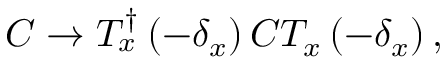
C \rightarrow T _ { x } ^ { \dag } \left( - \delta _ { x } \right) C T _ { x } \left( - \delta _ { x } \right) ,